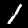
Label: 1